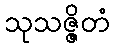
သုသဇ္ဇိတံ